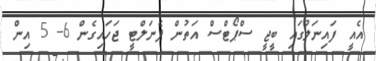
އެއީ ފައިނަލުގައި ބީޖީ ސްޕޯޓްސް އަތުން ޕެނަލްޓީ ޖަހައިގެން 6- 5 އިން